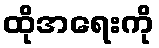
ထိုအရေးကို